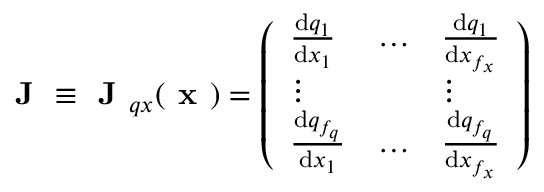
\textbf { J } \equiv \textbf { J } _ { q x } ( \textbf { x } ) = \left( \begin{array} { l l l } { \frac { \mathrm { d } q _ { 1 } } { \mathrm { d } x _ { 1 } } } & { \dots } & { \frac { \mathrm { d } q _ { 1 } } { \mathrm { d } x _ { f _ { x } } } } \\ { \vdots } & & { \vdots } \\ { \frac { \mathrm { d } q _ { f _ { q } } } { \mathrm { d } x _ { 1 } } } & { \dots } & { \frac { \mathrm { d } q _ { f _ { q } } } { \mathrm { d } x _ { f _ { x } } } } \end{array} \right)